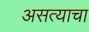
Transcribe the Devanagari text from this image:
असत्याचा